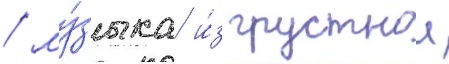
/ му́зыка и́з грустнои